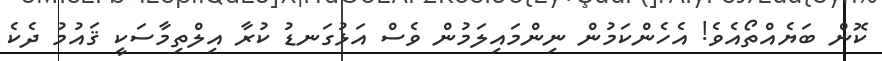
ކޮން ބަޔެއްތޯއެވެ! އެހެންކަމުން ނިންމައިލަމުން ވެސް އަޅުގަނޑު ކުރާ އިލްތިމާސަކީ ޤައުމު ދެކެ